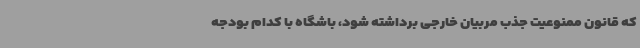
که قانون ممنوعیت جذب مربیان خارجی برداشته شود، باشگاه با کدام بودجه